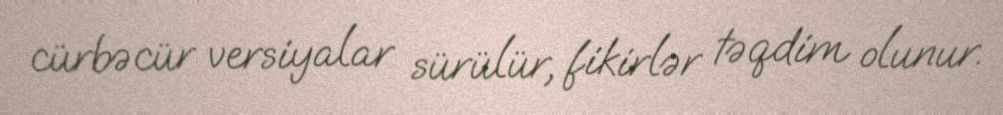
cürbəcür versiyalar sürülür, fikirlər təqdim olunur.